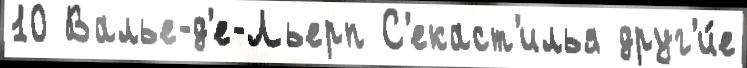
10 Валье-д'е-Льерп С'екаст'илья друг'и́е